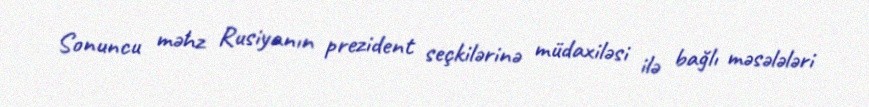
Sonuncu məhz Rusiyanın prezident seçkilərinə müdaxiləsi ilə bağlı məsələləri